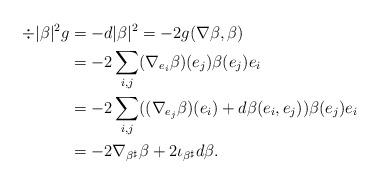
LaTeX: \begin{align*}\div |\beta|^2 g &= - d |\beta|^2= -2 g(\nabla \beta, \beta)\\ &=-2 \sum_{i,j} (\nabla_{e_i} \beta) (e_j)\beta(e_j)e_i\\&=-2 \sum_{i,j} ((\nabla_{e_j} \beta) (e_i)+d\beta(e_i,e_j))\beta(e_j)e_i\\&= - 2 \nabla_{\beta^\sharp}\beta + 2 \iota_{\beta^\sharp} d\beta.\end{align*}